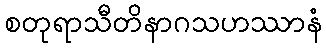
စတုရာသီတိနာဂသဟဿာနံ